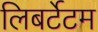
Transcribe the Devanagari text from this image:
लिबर्टेटम